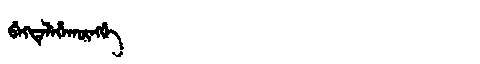
Manchu: ᠪᡝᡴᡨᡝᠯᡝᡥᠠᡴᡡᠩᡤᡝ
Romanization: BEKTELEHAKŪNGGE